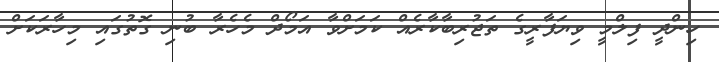
ހިންދީ ފިލްމީ ވިޔަފާރީގެ ތަޖުރިބާކާރެއް ކަމަށްވާ އަމޯދް މެހެރާ ބުނި ގޮތުގައި މިހާރަކަށް